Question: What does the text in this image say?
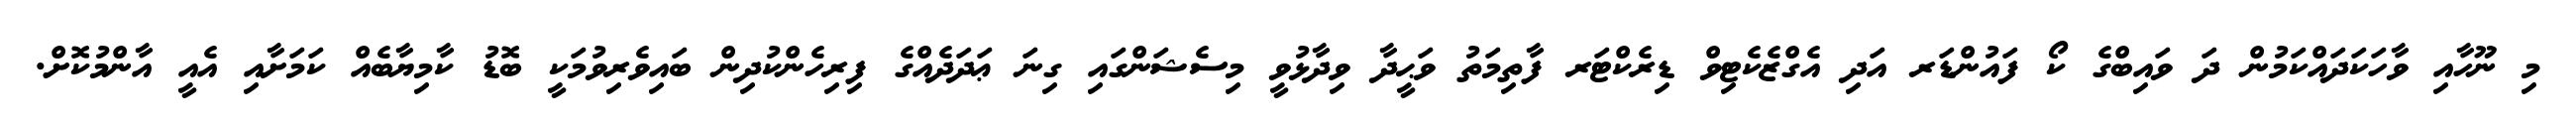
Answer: މި ނޫހާއި ވާހަކަދައްކަމުން ދަ ވައިބްގެ ކޯ ފައުންޑަރ އަދި އެގްޒެކެޓިވް ޑިރެކްޓަރ ފާތިމަތު ވަޙީދާ ވިދާޅުވީ މިސެޝަންގައި ގިނަ ޢަދަދެއްގެ ފިރިހެންކުދިން ބައިވެރިވުމަކީ ބޮޑު ކާމިޔާބެއް ކަމަށާއި އެއީ އާންމުކޮށް.